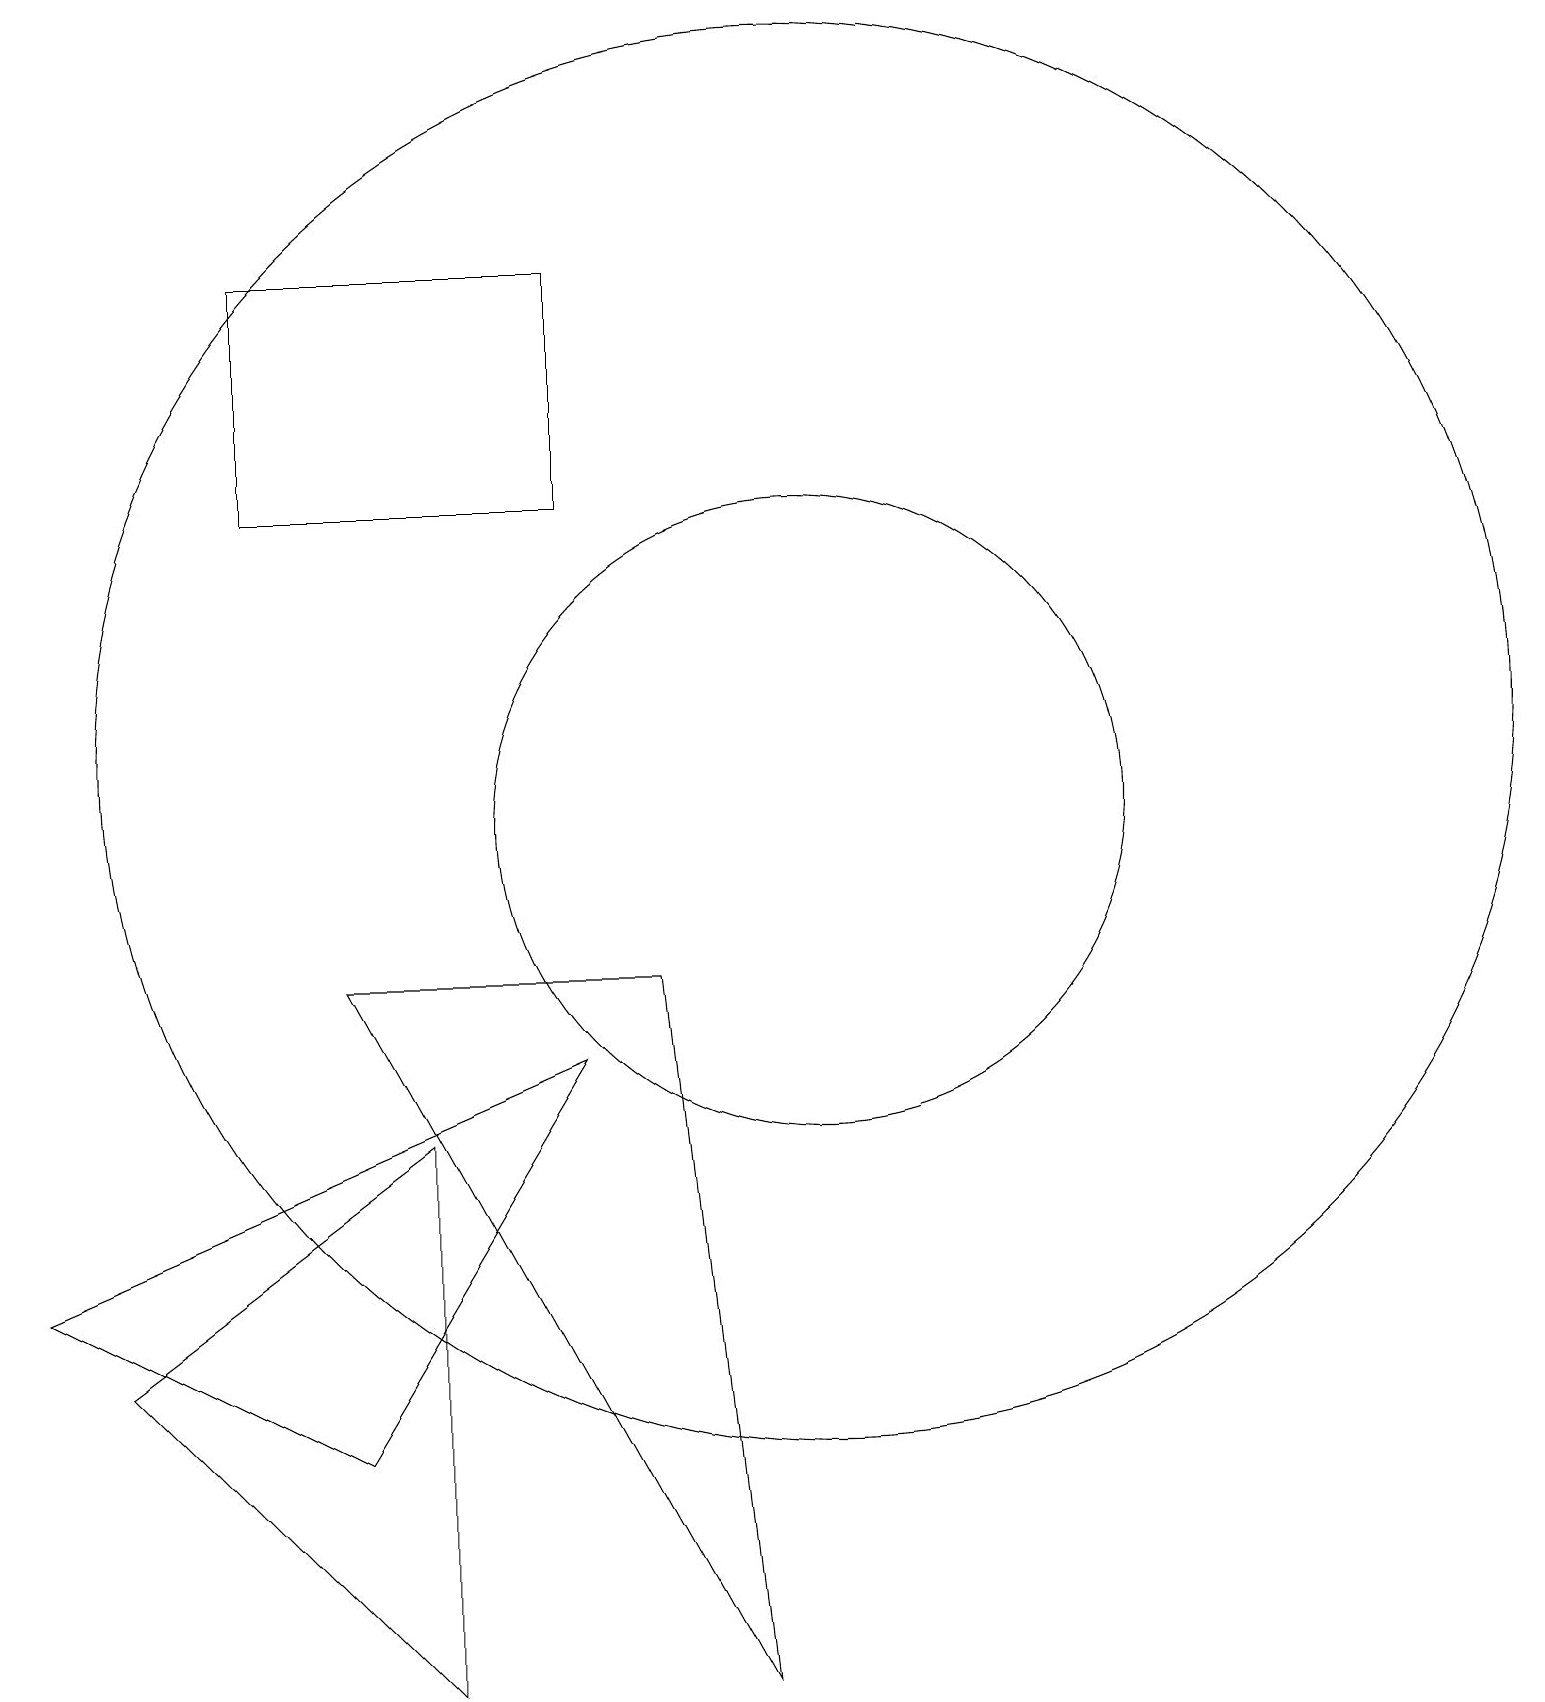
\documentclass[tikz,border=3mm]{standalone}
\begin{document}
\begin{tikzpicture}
\draw (3,15) rectangle (7,18);
\draw (7,8) -- (0,5) -- (4,3) -- cycle;
\draw (8,9) -- (9,0) -- (4,9) -- cycle;
\draw (5,7) -- (1,4) -- (5,0) -- cycle;
\draw (10,12) circle (9);
\draw (10,11) circle (4);
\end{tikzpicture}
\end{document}